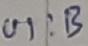
Text: UI:B